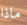
ماذا